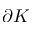
\partial K